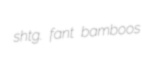
shtg. fant bamboos